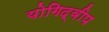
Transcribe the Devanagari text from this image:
योगिद्वीप